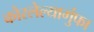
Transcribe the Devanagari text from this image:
कोरलेल्यागुंफा